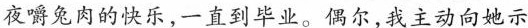
夜嚼兔肉的快乐,一直到毕业。偶尔,我主动向她示